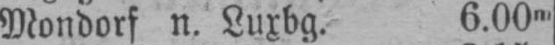
Mondorf n. Luxbg. 6.00m